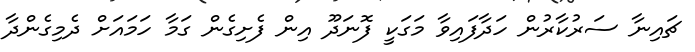
ޗައިނާ ސަރުކާރުން ހަދާފައިވާ މަގަކީ ފޮނަދޫ އިން ފެށިގެން ގަމާ ހަމައަށް ދެމިގެންދާ